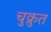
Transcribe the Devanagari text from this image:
चुक्रुत